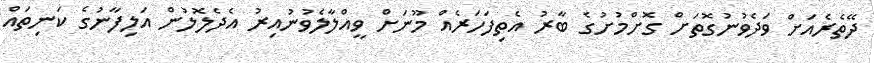
ދޭތެރެއަށް ވަދެވުނުގޮތަށް ގޮށްމުށުގެ ބާރު އެތިފަހަރެއް މޫނަށް ވީއްލާލެވުނުއިރު އެދެލޮލުން އަލިފާނުގެ ކަނިތައް